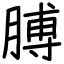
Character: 膊